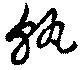
孰